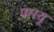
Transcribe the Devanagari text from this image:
परस्यू